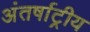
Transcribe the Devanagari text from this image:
अंतर्षाट्रीय